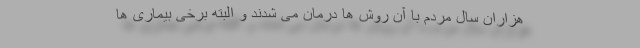
هزاران سال مردم با آن روش ها درمان می شدند و البته برخی بیماری ها